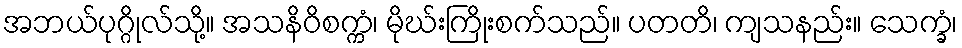
အဘယ်ပုဂ္ဂိုလ်သို့။ အသနိဝိစက္ကံ၊ မိုဃ်းကြိုးစက်သည်။ ပတတိ၊ ကျသနည်း။ သေက္ခံ၊